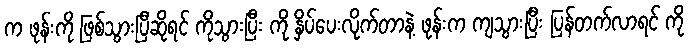
က ဖုန်းကို ဖြစ်သွားပြီဆိုရင် ကိုသွားပြီး ကို နှိပ်ပေးလိုက်တာနဲ့ ဖုန်းက ကျသွားပြီး ပြန်တက်လာရင် ကို